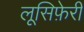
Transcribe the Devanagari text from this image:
लूसिफ़ेरी